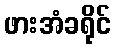
ဖားအံခရိုင်